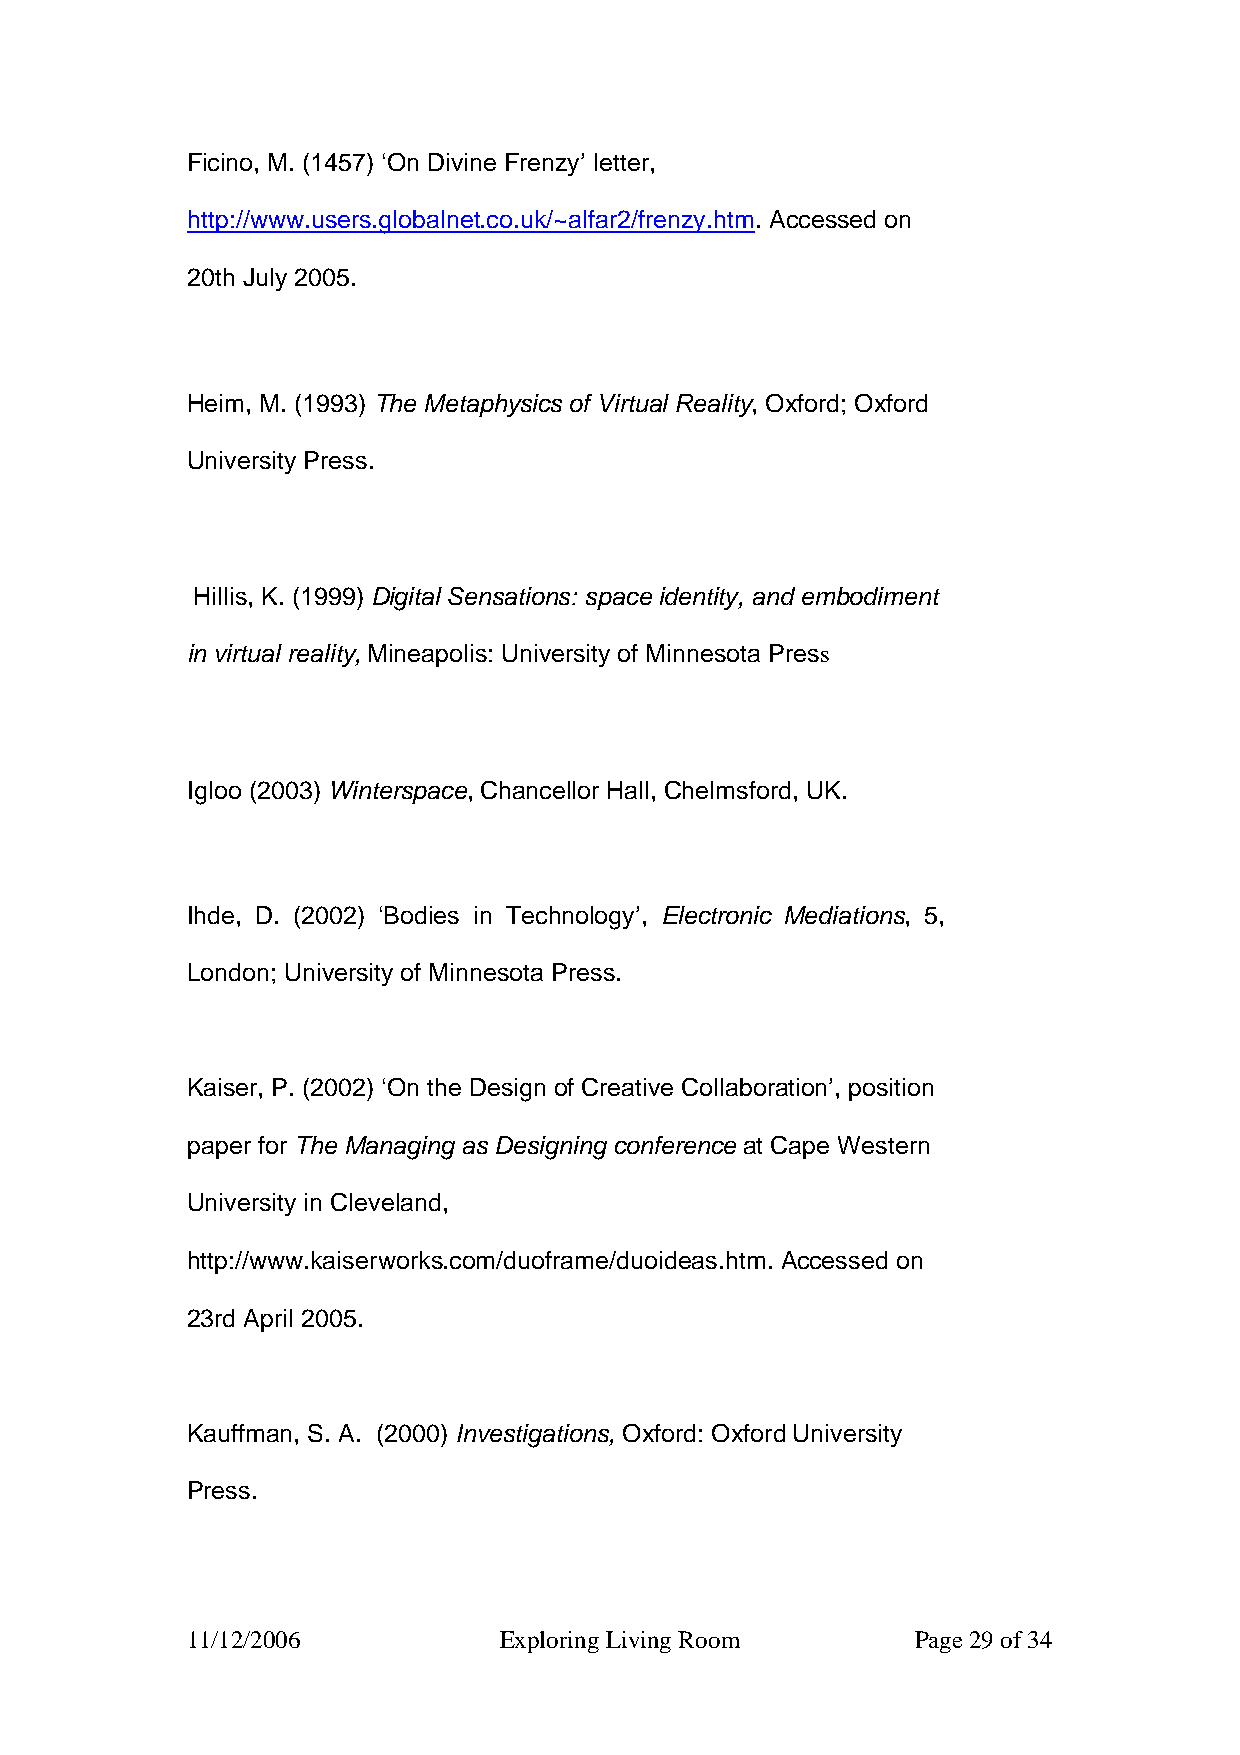
Ficino, M. (1457) ‘On Divine Frenzy’ letter,
 http://www.users.globalnet.co.uk/~alfar2/frenzy.htm. Accessed on
 20th July 2005.
 Heim, M. (1993) The Metaphysics of Virtual Reality, Oxford; Oxford
 University Press.
 Hillis, K. (1999) Digital Sensations: space identity, and embodiment
 in virtual reality, Mineapolis: University of Minnesota Press
 Igloo (2003) Winterspace, Chancellor Hall, Chelmsford, UK.
 Ihde, D. (2002) ‘Bodies in Technology’, Electronic Mediations, 5,
 London; University of Minnesota Press.
 Kaiser, P. (2002) ‘On the Design of Creative Collaboration’, position
 paper for The Managing as Designing conference at Cape Western
 University in Cleveland,
 http://www.kaiserworks.com/duoframe/duoideas.htm. Accessed on
 23rd April 2005.
 Kauffman, S. A. (2000) Investigations, Oxford: Oxford University
 Press.
 11/12/2006           Exploring Living Room       Page 29 of 34